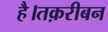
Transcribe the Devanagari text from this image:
है।तक़रीबन